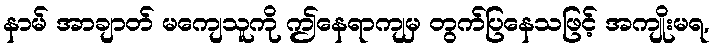
နာမ် အာချာတ် မကျေသူကို ဤနေရာကျမှ တွက်ပြနေသဖြင့် အကျိုးမရ,